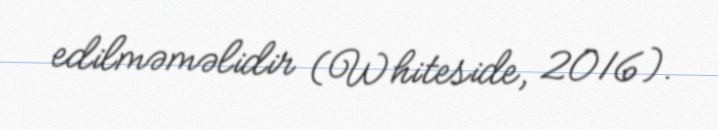
edilməməlidir (Whiteside, 2016).